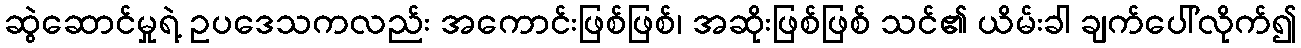
ဆွဲဆောင်မှုရဲ့ ဥပဒေသကလည်း အကောင်းဖြစ်ဖြစ်၊ အဆိုးဖြစ်ဖြစ် သင်၏ ယိမ်းခါ ချက်ပေါ်လိုက်၍